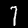
Digit: 7